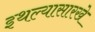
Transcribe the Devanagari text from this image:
इथल्यासारखे